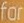
for